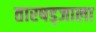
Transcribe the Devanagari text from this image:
तारषड्जाला